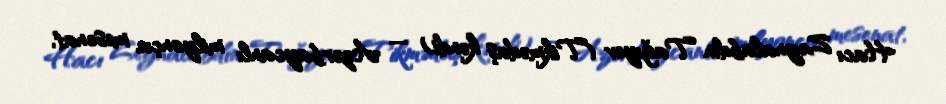
Hacı Zeynalabdin Tağıyev (Tikmədaş kəndi) — Azərbaycanlı milyonçu, mesenat,